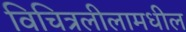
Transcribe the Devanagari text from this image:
विचित्रलीलामधील